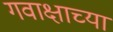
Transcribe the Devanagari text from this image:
गवाक्षाच्या